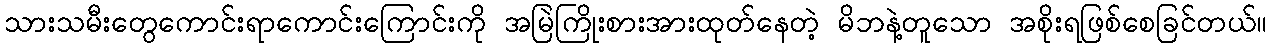
သားသမီးတွေကောင်းရာကောင်းကြောင်းကို အမြဲကြိုးစားအားထုတ်နေတဲ့ မိဘနဲ့တူသော အစိုးရဖြစ်စေခြင်တယ်။